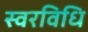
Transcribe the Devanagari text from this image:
स्वरविधि